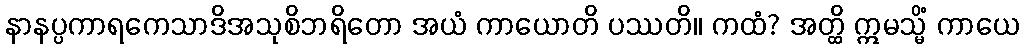
နာနပ္ပကာရကေသာဒိအသုစိဘရိတော အယံ ကာယောတိ ပဿတိ။ ကထံ? အတ္ထိ ဣမသ္မိံ ကာယေ